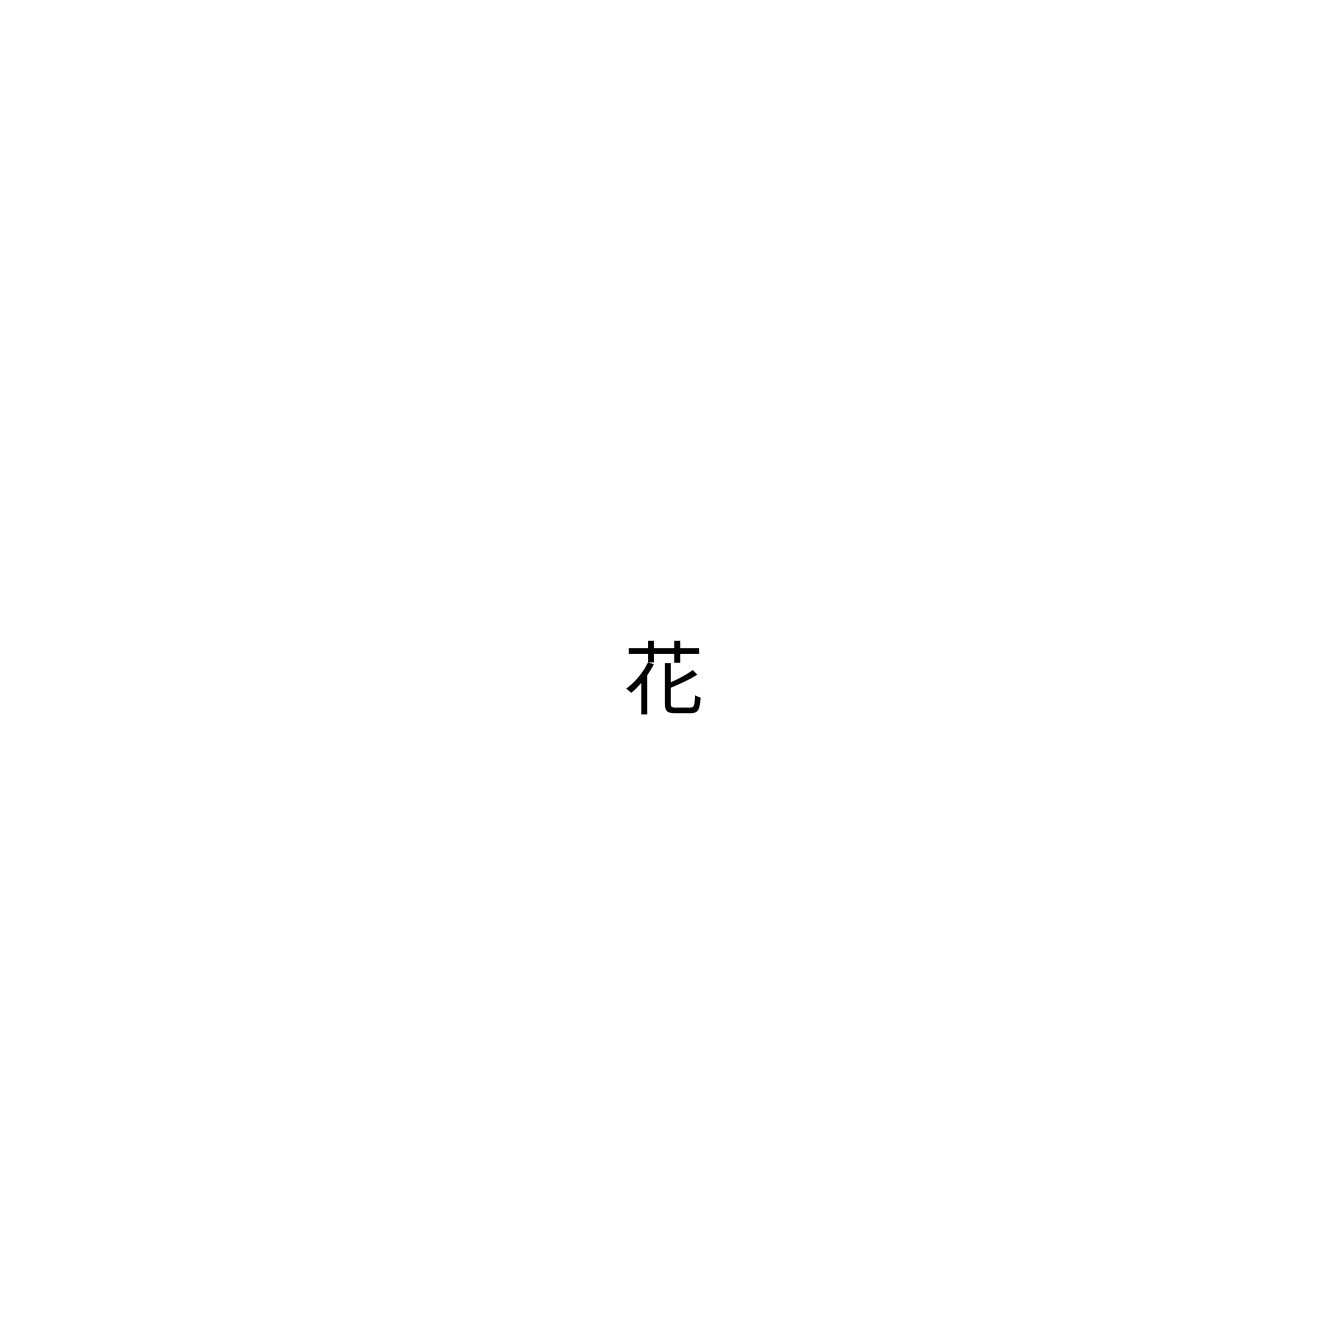
花